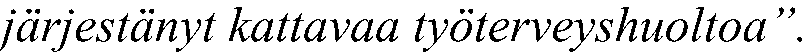
järjestänyt kattavaa työterveyshuoltoa”.